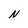
Character: N